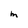
Character: m